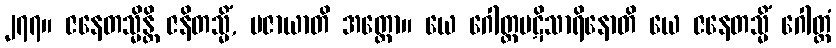
၂၇၇။ ဇနေတသ္မိန္တိ ဇနိတသ္မိံ, ပဇာယာတိ အတ္ထော။ ယေ ဂေါတ္တပဋိသာရိနောတိ ယေ ဇနေတသ္မိံ ဂေါတ္တံ